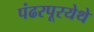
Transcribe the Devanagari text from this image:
पंढरपूरयेथे